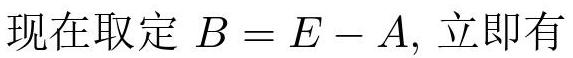
现在取定 $B = E - A$, 立即有